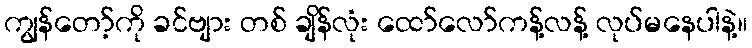
ကျွန်တော့်ကို ခင်ဗျား တစ် ချိန်လုံး ထော်လော်ကန့်လန့် လုပ်မနေပါနဲ့။